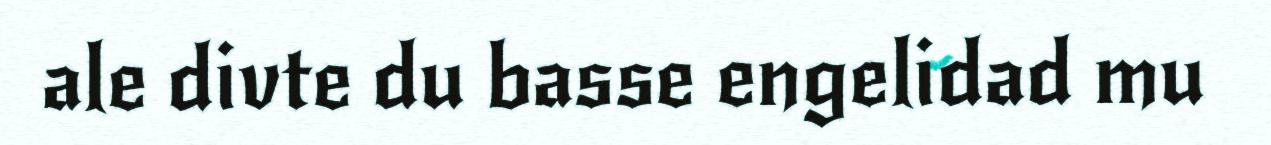
ale divte du basse engelidad mu